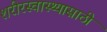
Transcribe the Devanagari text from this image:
शरीरस्वास्थ्यासाठी